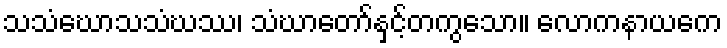
သသံဃောသသံဃဿ၊ သံဃာတော်နှင့်တကွသော။ လောကနာယကေ